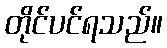
တိုင်ပင်ရသည်။